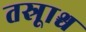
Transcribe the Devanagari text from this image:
तस्रूाश्च